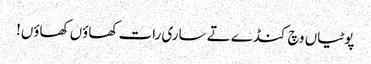
پوٹیاں وچ کنڈے تے ساری رات کھاؤں کھاؤں!